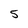
Character: 5